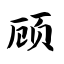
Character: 顾